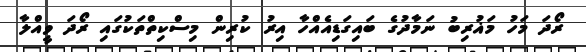
ރޯދަ މަހު މަޣުރިބު ނަމާދުގެ ބައިގަޑިއެއްހާ އިރު ކުރިން މިސްކިތްތަކުގައި ރޯދަ ވީއްލާ